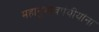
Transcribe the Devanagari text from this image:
महानुभावपंथीयांना